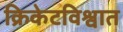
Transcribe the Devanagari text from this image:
क्रिकेटविश्वात